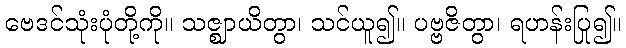
ဗေဒင်သုံးပုံတို့ကို။ သဇ္ဈာယိတွာ၊ သင်ယူ၍။ ပဗ္ဗဇိတွာ၊ ရဟန်းပြု၍။